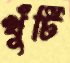
খুঁটি